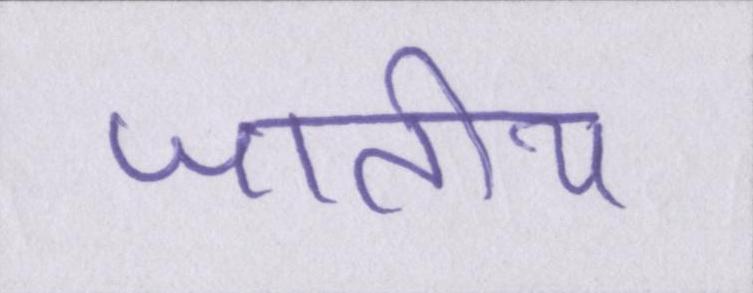
जातीय